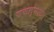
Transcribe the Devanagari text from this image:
जळल्याचा